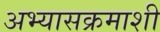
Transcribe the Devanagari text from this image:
अभ्यासक्रमाशी